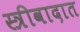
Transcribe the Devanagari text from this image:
स्त्रीवादात